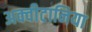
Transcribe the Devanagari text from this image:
अक्वीटानिया